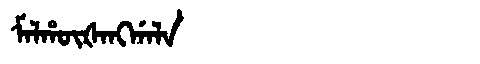
Manchu: ᠮᠠᠯᡥᡡᡧᠠᠩᡤᠠᠯᠠ
Romanization: MALHŪŠANGGALA